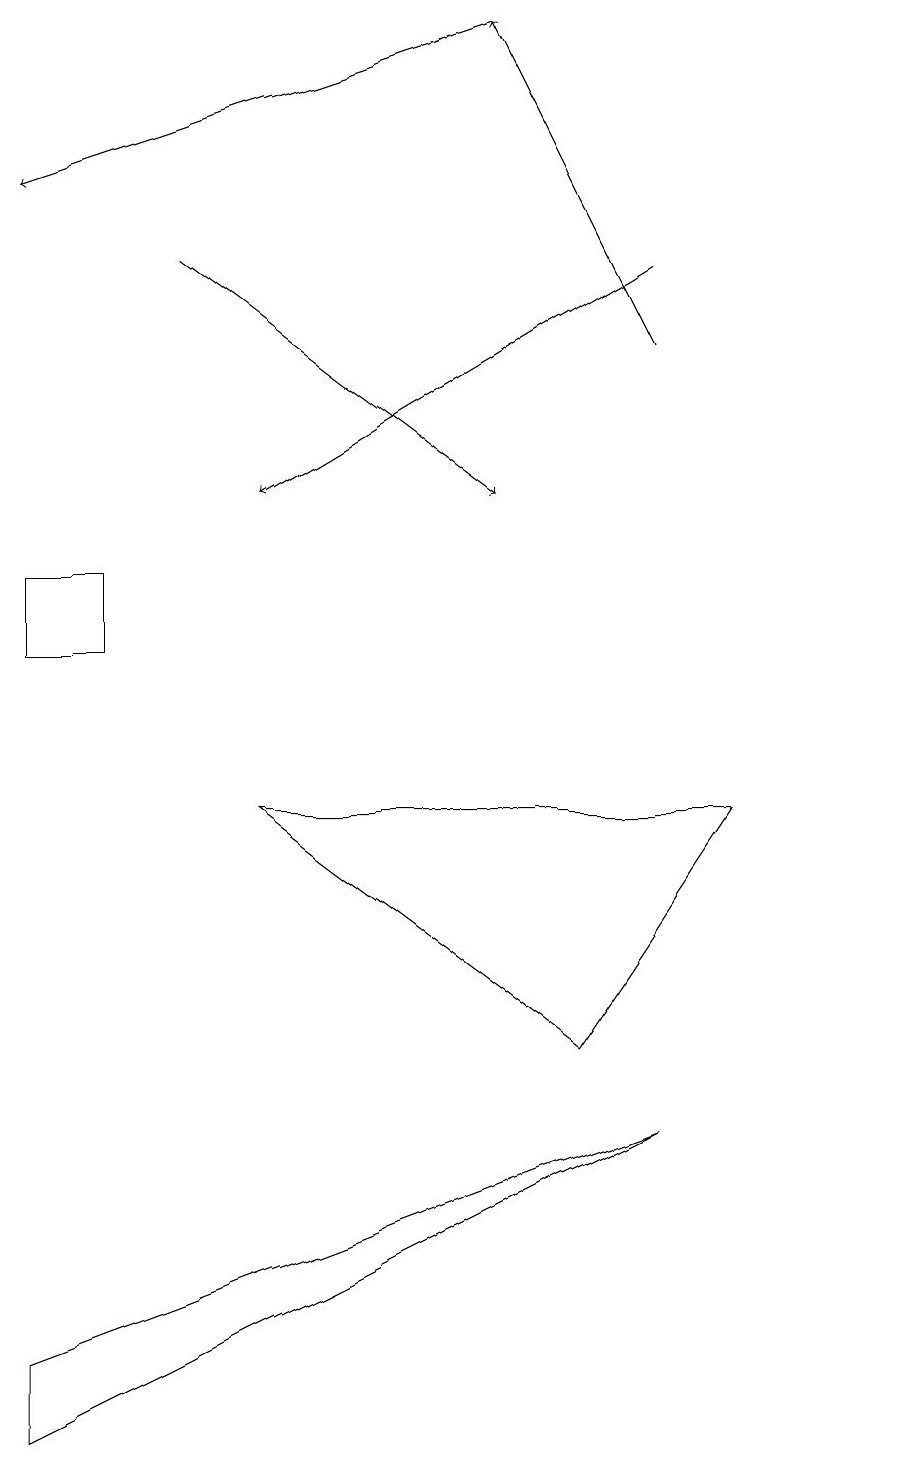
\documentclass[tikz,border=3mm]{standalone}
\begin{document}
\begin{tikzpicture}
\draw (11,11) circle (0);
\draw[->] (6,18) -- (0,16);
\draw[->] (8,14) -- (6,18);
\draw (8,4) -- (0,1) -- (0,0) -- cycle;
\draw (0,10) rectangle (1,11);
\draw[->] (8,15) -- (3,12);
\draw[->] (2,15) -- (6,12);
\draw (9,8) -- (3,8) -- (7,5) -- cycle;
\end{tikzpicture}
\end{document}